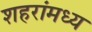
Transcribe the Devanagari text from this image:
शहरांमध्य